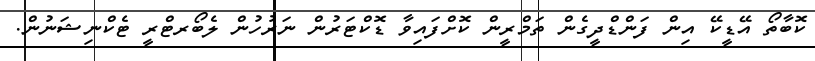
ކޮބާތޯ އޭޑީކޭ އިން ފަންޑްދީގެން ތަމްރީން ކޮށްފައިވާ ޑޮކްޓަރުން ނަރުހުން ލެބޯރޓްރީ ޓެކްނިޝަނުން.